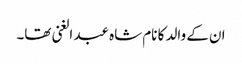
ان کے والد کا نام شاہ عبد الغنی تھا۔